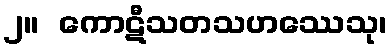
၂။  ကောဋီသတသဟဿေသု၊